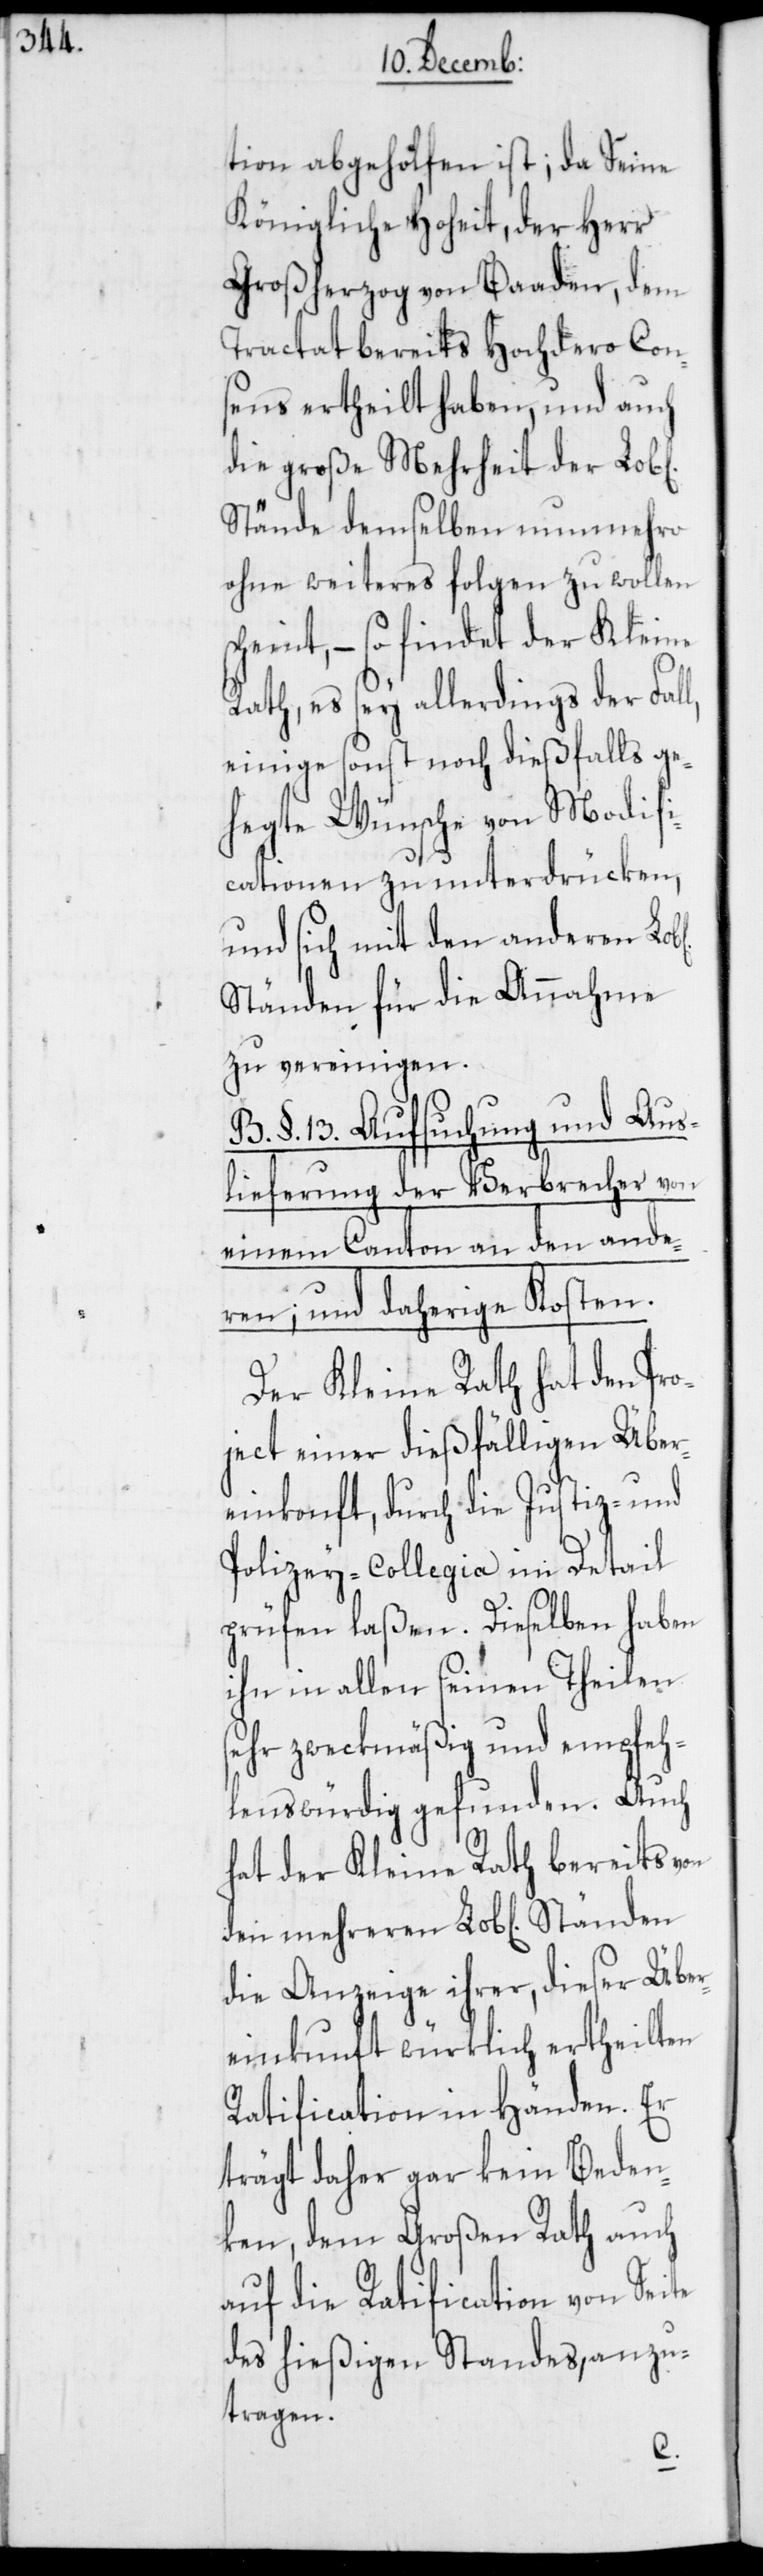
ichen]

tion abgeholfen ist; da Seine
Königliche Hoheit, der Herr
Großherzog von Baaden, dem
Tractat bereits Hochdero Con¬
sens ertheilt haben, und auch
die große Mehrheit der Lob[l¬
Stände demselben nunmehro
ohne weiteres folgen zu wollen
scheint, – so findet der Kleine
Rath, es sey allerdings der Fall,
einige sonst noch dießfalls ge¬
hegte Wünsche von Modifi¬
cationen zu unterdrücken,
und sich mit den anderen
Ständen für die Annahme
zu vereinigen.
B. §. 13. Aufsuchung und Aus¬
lieferung der Verbrecher von
einem Canton an den ande¬
ren; und daherige Kosten.
Der Kleine Rath hat den Pro¬
ject einer dießfälligen Über¬
einkonft, durch die Justiz- und
Polizey-Collegia im Detail
prüfen laßen. Dieselben haben
ihn in allen seinen Theilen
sehr zweckmäßig und empfeh¬
lenswürdig gefunden. Auch
hat der Kleine Rath bereits von
die Anzeige ihrer, dieser Über¬
einkunft würklich ertheilten
Ratification in Händen. Er
trägt daher gar kein Beden¬
ken, dem Großen Rath auch
auf die Ratification von Seite
des hießigen Standes, anzu¬
tragen.